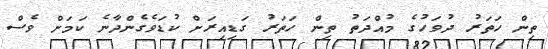
ތިން ހަތަރު ދުވަހުގެ މުއްދަތު ތިން ހަތަރު ގަޑިއިރަށް ކުޑަވެގެންދާނެ ކަމަށް ވެސް